Report on lock hospitals in British Burma
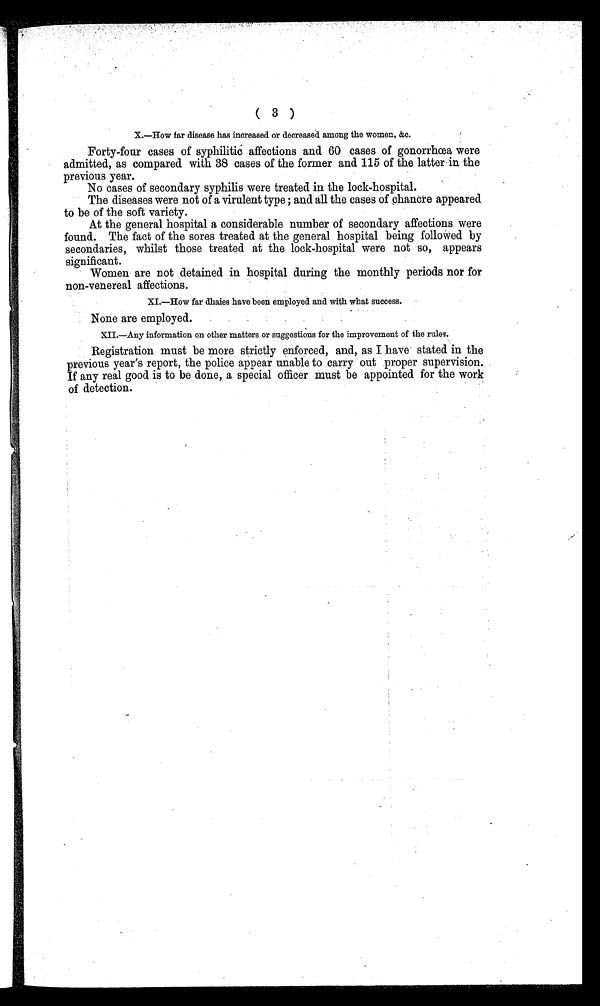
( 3 )
X.—How far disease has increased or decreased among the women, &c.
Forty-four cases of syphilitic affections and 60 cases of gonorrhœa were
admitted, as compared with 38 cases of the former and 115 of the latter in the
previous year.
No cases of secondary syphilis were treated in the lock-hospital.
The diseases were not of a virulent type ; and all the cases of chancre appeared
to be of the soft variety.
At the general hospital a considerable number of secondary affections were
found. The fact of the sores treated at the general hospital being followed by
secondaries, whilst those treated at the lock-hospital were not so, appears
significant.
Women are not detained in hospital during the monthly periods nor for
non-venereal affections.
XI.—How far dhaies have been employed and with what success.
None are employed.
XII.—Any information on other matters or suggestions for the improvement of the rules.
Registration must be more strictly enforced, and, as I have stated in the
previous year's report, the police appear unable to carry out proper supervision.
If any real good is to be done, a special officer must be appointed for the work
of detection.